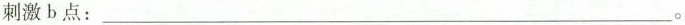
刺激 b 点：___。